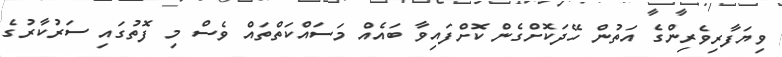
ވިޔަފާރިވެރިންގެ އަތުން ހޭދަކޮށްގެން ކޮށްފައިވާ ބައެއް މަސައްކަތްތައް ވެސް މި ފޮތުގައި ސަރުކާރުގެ